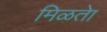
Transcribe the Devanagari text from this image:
मिळतेा